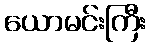
ယောမင်းကြီး